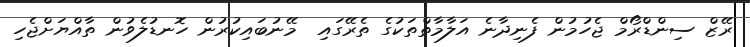
ރޭޒް ސިންޑްރޯމް ޖެހުމުން ފެނިދާނެ އަލާމާތްތަކުގެ ތެރޭގައި  މޭނުބައިކުރުން ހޮނޑުލެވުން ތާއްޔަށްޖެހި